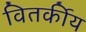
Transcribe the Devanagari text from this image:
वितर्कीय